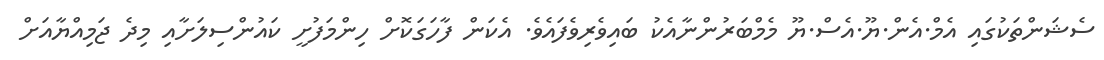
ސެޝަންތަކުގައި އެމް.އެން.ޔޫ.އެސް.ޔޫ މެމްބަރުންނާއެކު ބައިވެރިވެފައެވެ. އެކަން ފާހަގަކޮށް ހިންމަފުށީ ކައުންސިލަށާއި މިދެ ޖަމިއްޔާއަށް